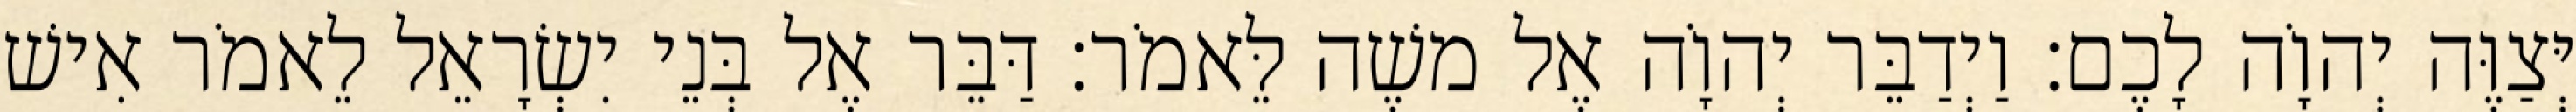
יְּצַוֶּה יְהוָֹה לָכֶם׃ וַיְדַבֵּר יְהוָֹה אֶל משֶׁה לֵּאמֹר׃ דַּבֵּר אֶל בְּנֵי יִשְׂרָאֵל לֵאמֹר אִישׁ